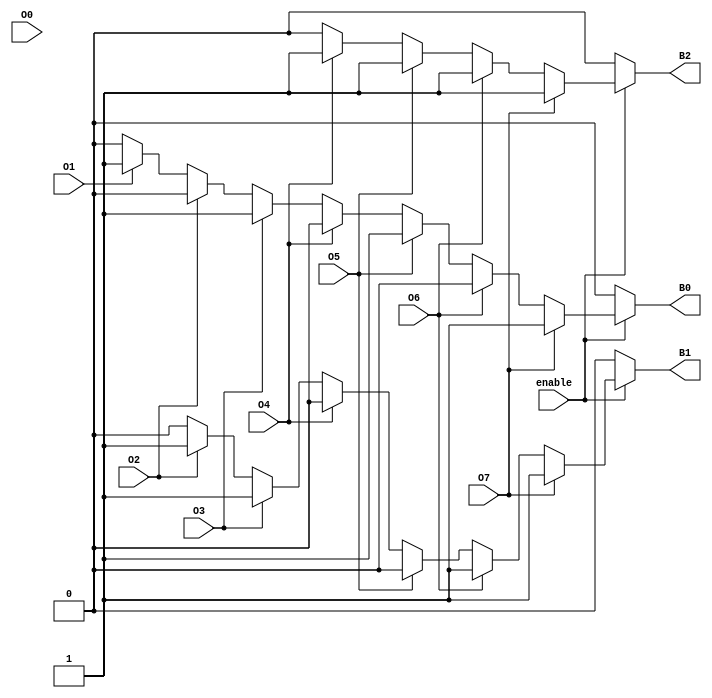
module octal_to_binary_encoder (
    input wire O0, O1, O2, O3, O4, O5, O6, O7, // Octal inputs
    output reg B2, B1, B0,                     // Binary outputs
    input wire enable                            // Enable input
);

always @(*) begin
    if (!enable) begin
        // If not enabled, output is 000
        B2 = 0;
        B1 = 0;
        B0 = 0;
    end else begin
        // Default output for no active input
        B2 = 0;
        B1 = 0;
        B0 = 0;

        // Priority encoding: check from O7 to O0
        if (O7) begin
            B2 = 1; B1 = 1; B0 = 1; // 111
        end else if (O6) begin
            B2 = 1; B1 = 1; B0 = 0; // 110
        end else if (O5) begin
            B2 = 1; B1 = 0; B0 = 1; // 101
        end else if (O4) begin
            B2 = 1; B1 = 0; B0 = 0; // 100
        end else if (O3) begin
            B2 = 0; B1 = 1; B0 = 1; // 011
        end else if (O2) begin
            B2 = 0; B1 = 1; B0 = 0; // 010
        end else if (O1) begin
            B2 = 0; B1 = 0; B0 = 1; // 001
        end else if (O0) begin
            B2 = 0; B1 = 0; B0 = 0; // 000
        end
    end
end

endmodule